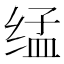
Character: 𰬨